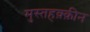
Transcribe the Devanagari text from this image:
मुस्तहक़्क़ीन